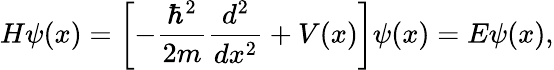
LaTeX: H\psi(x)=\left[-{\frac{\hbar^{2}}{2m}}{\frac{d^{2}}{dx^{2}}}+V(x)\right]\psi(x)=E\psi(x),